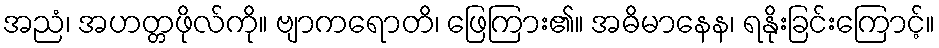
အညံ၊ အဟတ္တဖိုလ်ကို။ ဗျာကရောတိ၊ ဖြေကြား၏။ အဓိမာနေန၊ ရနိုးခြင်းကြောင့်။